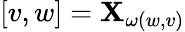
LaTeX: [v,w]=\mathbf{X}_{\omega(w,v)}